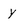
Character: y